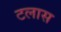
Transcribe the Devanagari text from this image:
टलास